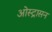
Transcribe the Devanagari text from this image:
ओस्ट्रासन